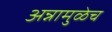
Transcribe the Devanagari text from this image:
अन्नामुळेच